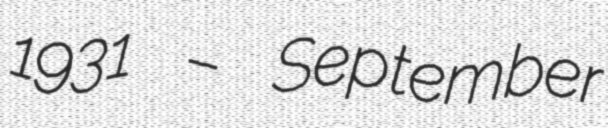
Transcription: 1931 – September